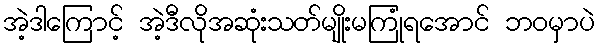
အဲ့ဒါကြောင့် အဲ့ဒီလိုအဆုံးသတ်မျိုးမကြုံရအောင် ဘဝမှာပဲ